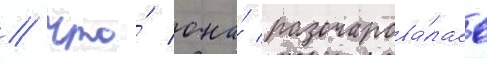
/ что́ она́ разочарова́лась